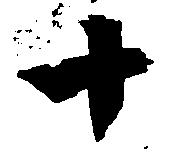
十